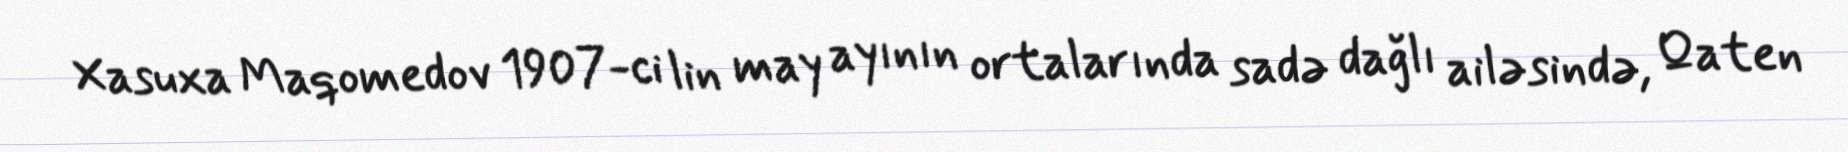
Xasuxa Maqomedov 1907-ci lin may ayının ortalarında sadə dağlı ailəsində, Qaten